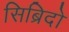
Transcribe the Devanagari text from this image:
सिब्रिदो